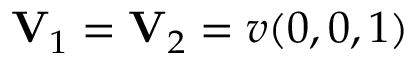
\mathbf { V } _ { 1 } = \mathbf { V } _ { 2 } = v ( 0 , 0 , 1 )